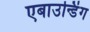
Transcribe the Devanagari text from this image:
एबाउन्डिंग